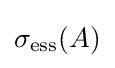
\sigma _{\mathrm {ess} }(A)